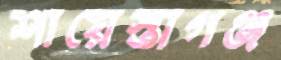
শায়েস্তাগঞ্জ